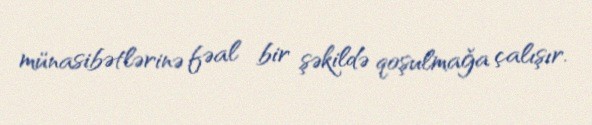
münasibətlərinə fəal bir şəkildə qoşulmağa çalışır.